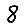
Digit: 8